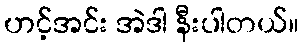
ဟင့်အင်း အဲဒါ နီးပါတယ်။